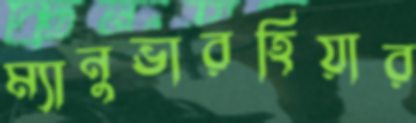
ম্যানুভারহিয়ার